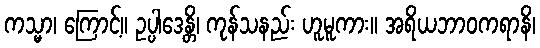
ကသ္မာ၊ ကြောင့်။ ဥပ္ပါဒေန္တိ၊ ကုန်သနည်း ဟူမူကား။ အရိယဘာဝကရာနိ၊